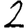
Digit: 2